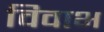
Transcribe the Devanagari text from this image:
विवाभ